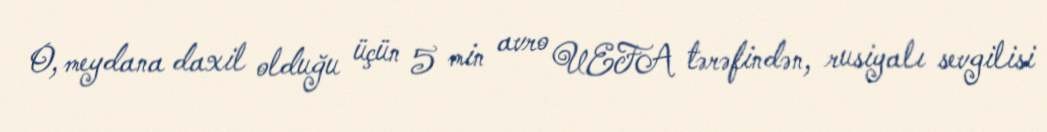
O, meydana daxil olduğu üçün 5 min avro UEFA tərəfindən, rusiyalı sevgilisi